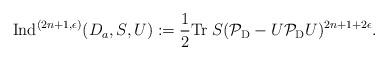
LaTeX: \begin{align*}{\rm Ind}^{(2n+1,\epsilon)}(D_a,S,U):=\frac{1}{2}{\rm Tr}\; S(\mathcal{P}_{\rm D}-U\mathcal{P}_{\rm D}U)^{2n+1+2\epsilon}.\end{align*}